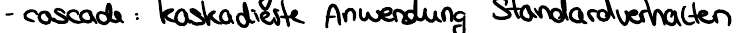
- cascade: kaskadierte Anwendung Standardverhalten